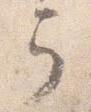
弓